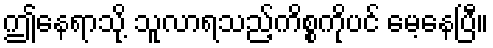
ဤနေရာသို့ သူလာရသည့်ကိစ္စကိုပင် မေ့နေပြီ။